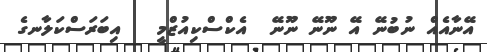
އޭނާއެއް ނުބުނޭ އޭ ނޫނޭ ނޫނޭ  އެކްސްކިއުޒްމީ   އިބަރަސްކަލާނގެ